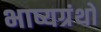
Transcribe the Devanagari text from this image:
भाष्यग्रंथों